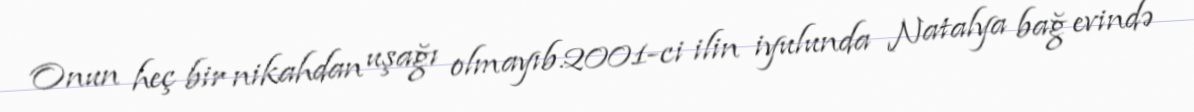
Onun heç bir nikahdan uşağı olmayıb.2001-ci ilin iyulunda Natalya bağ evində